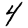
Digit: 4